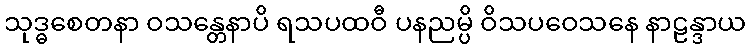
သုဒ္ဓစေတနာ ဝသန္တေနာပိ ရသပထဝီ ပနညမ္ပိ ဝိသပဝေသနေ နာဠန္ဒာယ